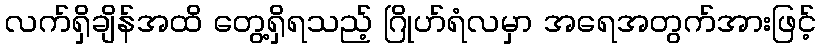
လက်ရှိချိန်အထိ တွေ့ရှိရသည့် ဂြိုဟ်ရံလမှာ အရေအတွက်အားဖြင့်